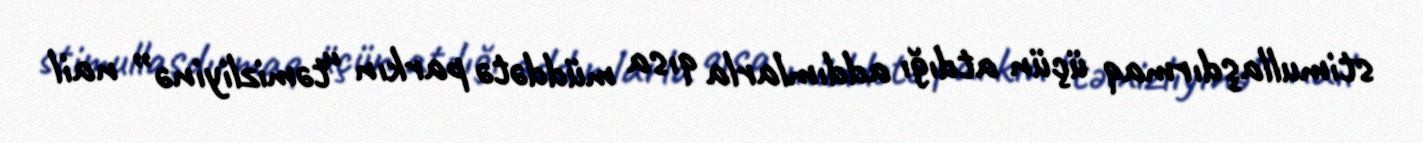
stimullaşdırmaq üçün atdığı addımlarla qısa müddətə parkın “təmizliyinə” nail